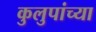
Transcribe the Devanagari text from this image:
कुलुपांच्या